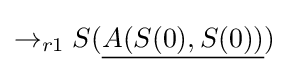
\rightarrow _{r1}S({\underline {A(S(0),S(0))}})